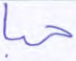
حبا